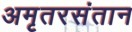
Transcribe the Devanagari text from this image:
अमृतरसंतान